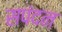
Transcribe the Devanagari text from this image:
सपंदन